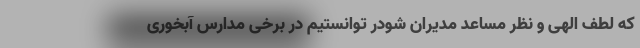
که لطف الهی و نظر مساعد مدیران شودر توانستیم در برخی مدارس آبخوری